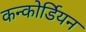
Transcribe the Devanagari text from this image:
कन्कोर्डियन